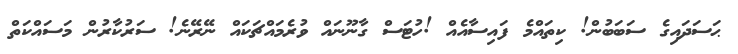
ޙަސަދައިގެ ސަބަބުން! ކިތައްމެ ފައިސާއެއް !ހުޓަސް ގާނޫނައް ވުރެމައްޗަކައް ނޭރޭނެ! ސަރުކާރުން މަސައްކަތް